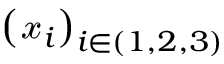
\left( \boldsymbol { \mathscr { x } } _ { i } \right) _ { i \in ( 1 , 2 , 3 ) }